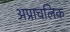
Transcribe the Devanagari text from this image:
अप्राचलिक